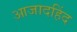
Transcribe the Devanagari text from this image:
आजादहिंद